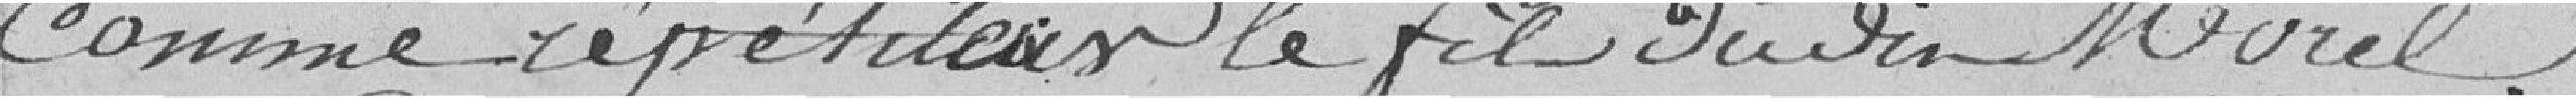
comme répétiteur le fil du dit Morel.